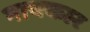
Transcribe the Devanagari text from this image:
नायकार